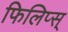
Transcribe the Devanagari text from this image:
फिलिप्स्